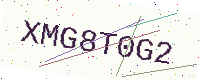
Text: XMG8T0G2